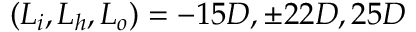
( L _ { i } , L _ { h } , L _ { o } ) = - 1 5 D , \pm 2 2 D , 2 5 D